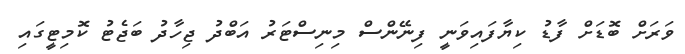
ވަރަށް ބޮޑަށް ފާޑު ކިޔާފައިވަނީ ފިނޭންސް މިނިސްޓަރު އަބްދު ޖިހާދު ބަޖެޓު ކޮމިޓީގައި